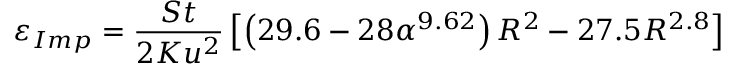
\varepsilon _ { I m p } = \frac { S t } { 2 K u ^ { 2 } } \left[ \left( 2 9 . 6 - 2 8 \alpha ^ { 9 . 6 2 } \right) R ^ { 2 } - 2 7 . 5 R ^ { 2 . 8 } \right]